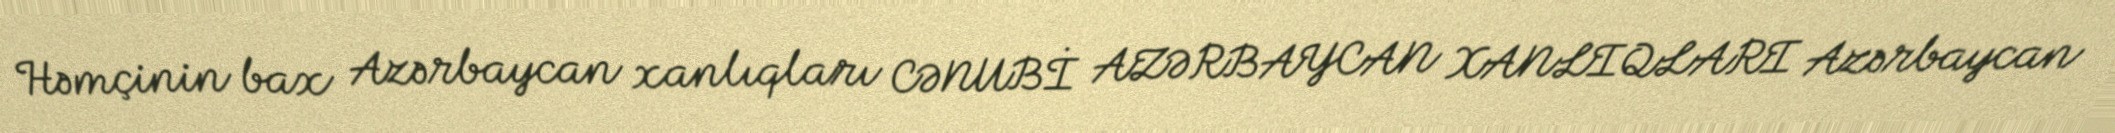
Həmçinin bax Azərbaycan xanlıqları CƏNUBİ AZƏRBAYCAN XANLIQLARI Azərbaycan